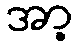
အာ့